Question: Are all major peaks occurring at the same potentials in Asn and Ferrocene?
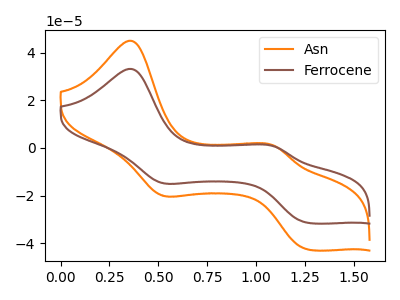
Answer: <think>The orange curve "Asn" has anodic peaks at (0.35V, 45.05uA) (1.10V, 0.80uA) and cathodic peaks at (0.50V, -19.90uA) (1.25V, -42.70uA). The brown curve "Ferrocene" has anodic peaks at (0.35V, 33.20uA) (1.10V, 0.60uA) and cathodic peaks at (0.50V, -14.70uA) (1.25V, -31.45uA).</think>
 <answer>Yes, "Asn" have a peak in "Ferrocene" at the same potential.</answer>
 <eval>match</eval>